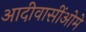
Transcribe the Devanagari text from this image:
आदीवासींओमे